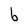
Character: b